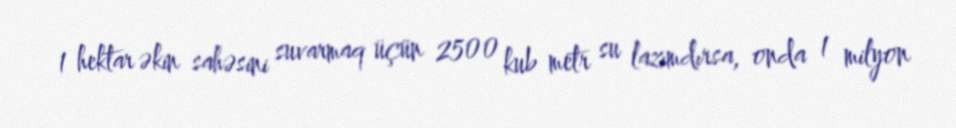
1 hektar əkin sahəsini suvarmaq üçün 2500 kub metr su lazımdırsa, onda 1 milyon